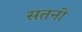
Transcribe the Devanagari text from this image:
सतनी